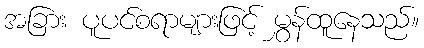
အခြား ပူပင်စရာများဖြင့် မွှန်ထူနေသည်။